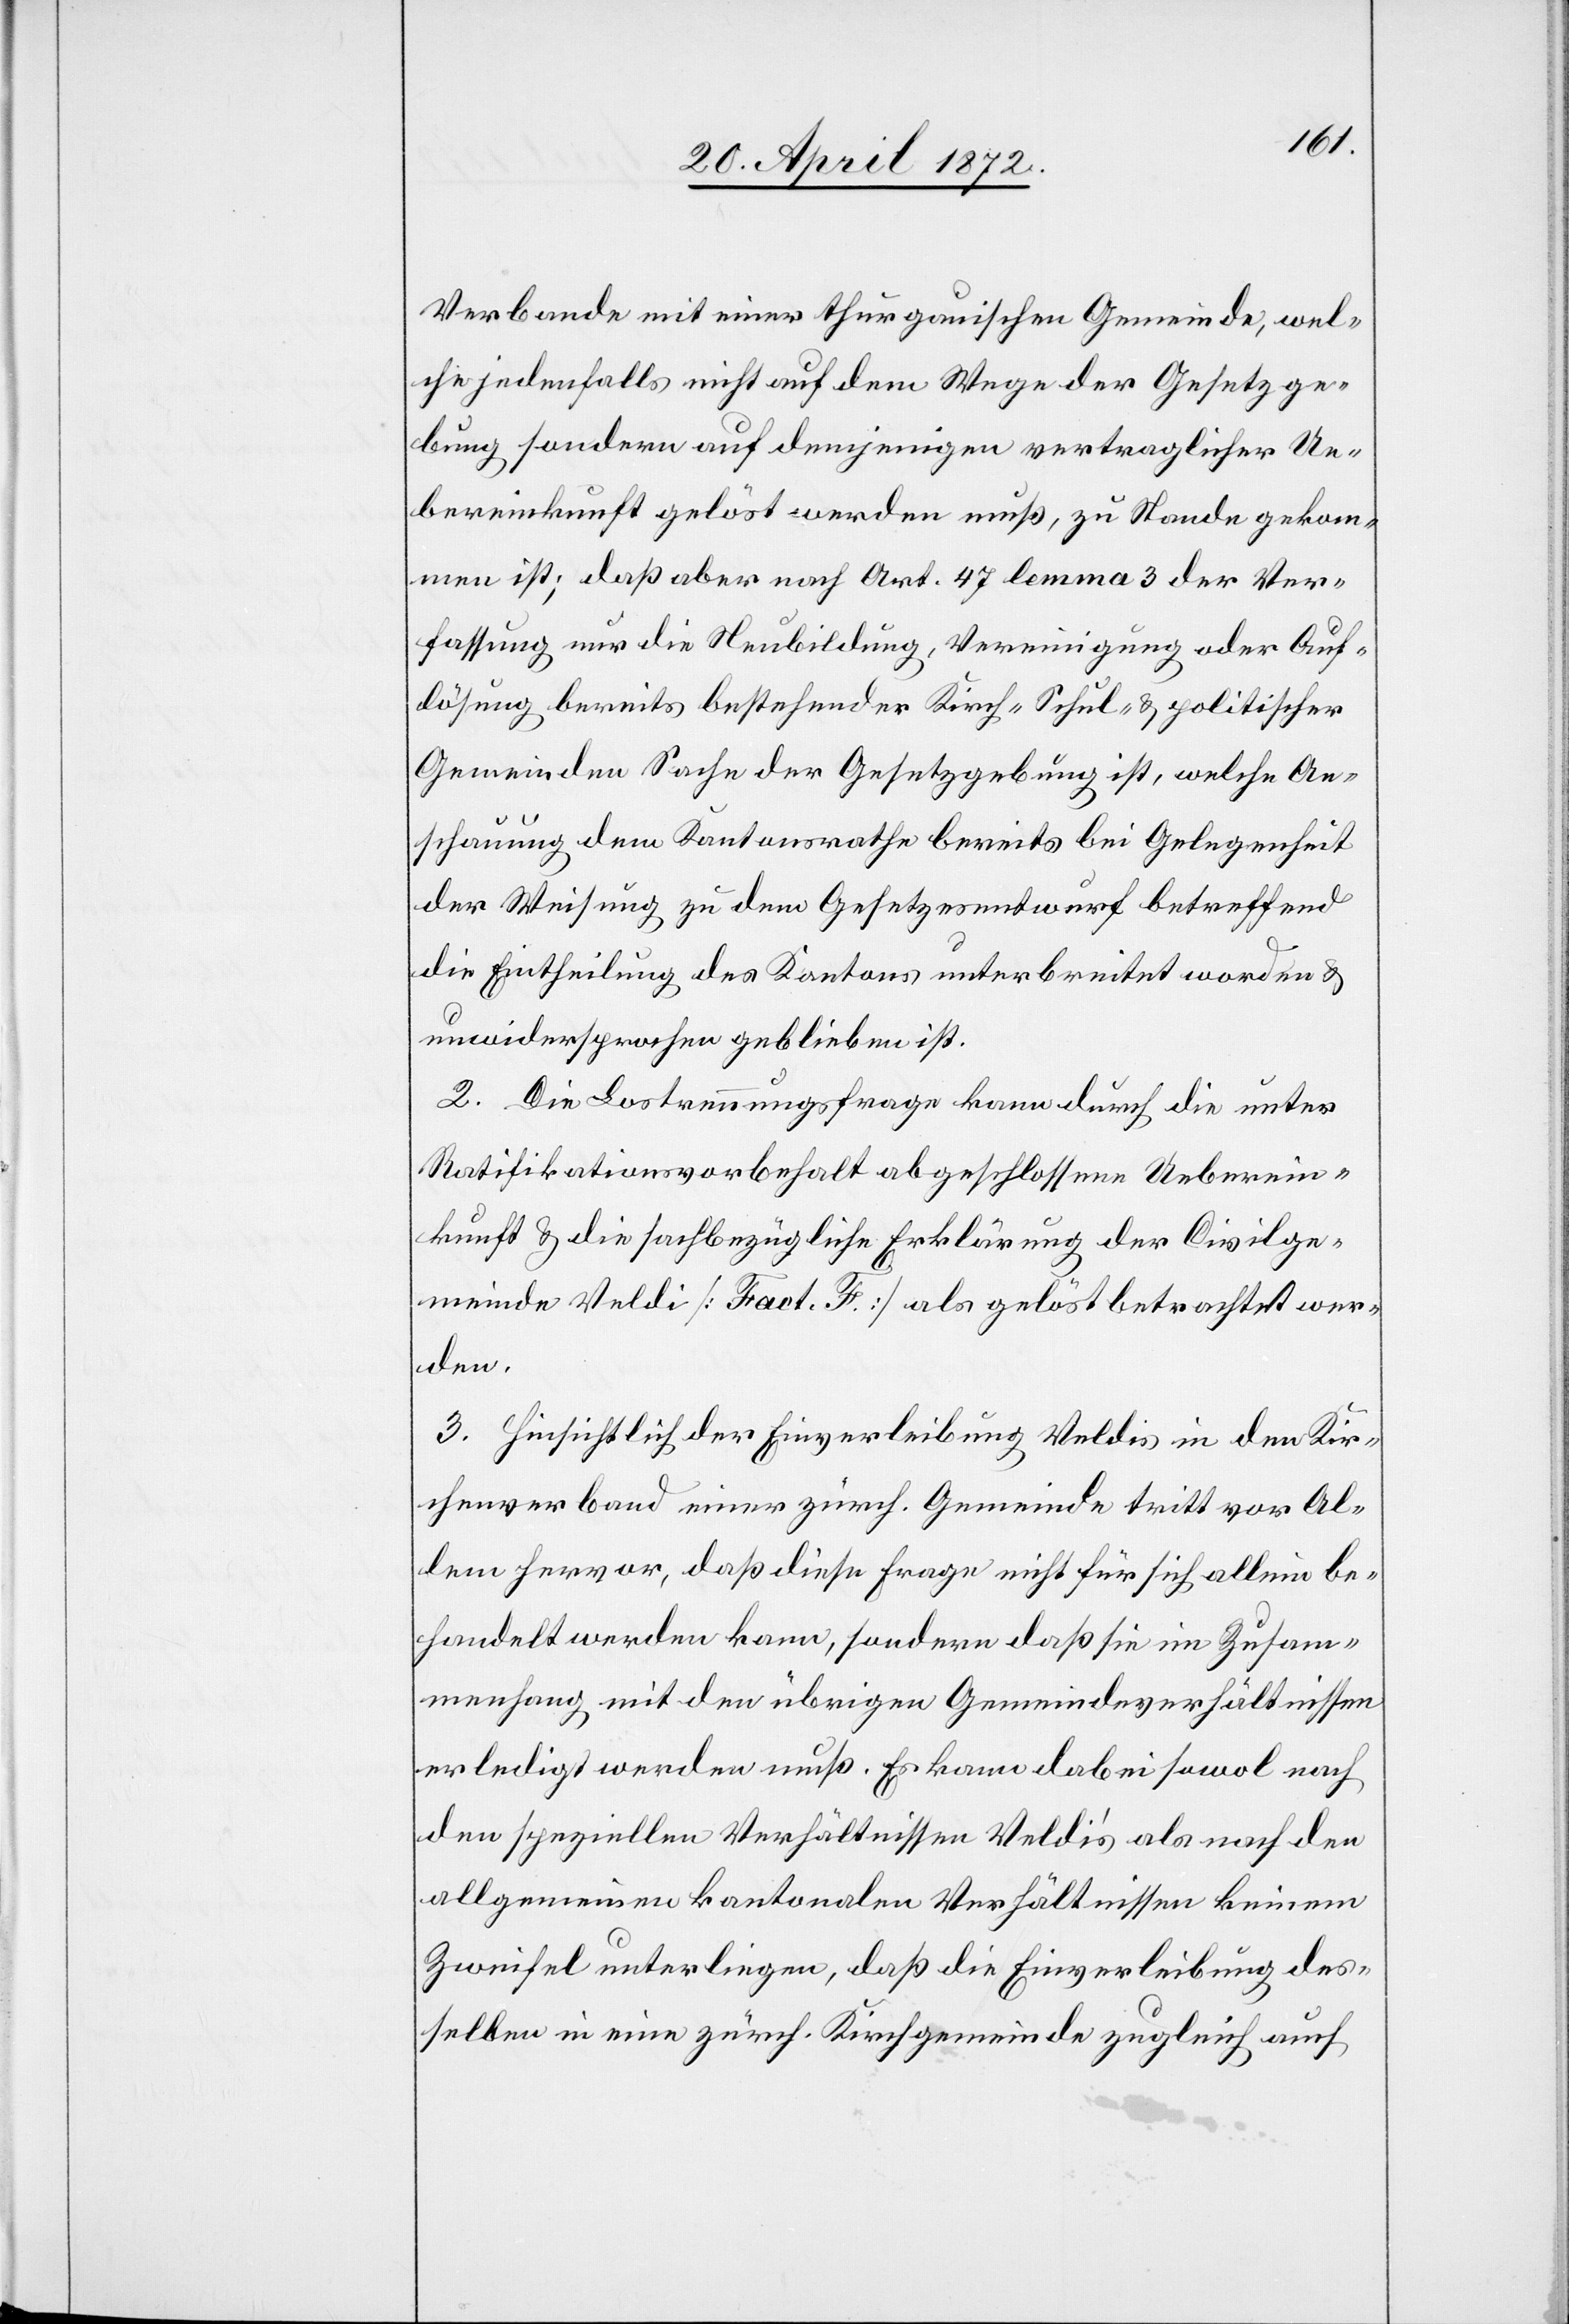
Verbande mit einer thurgauischen Gemeinde, wel¬
che jedenfalls nicht auf dem Wege der Gesetzge¬
bung sondern auf demjenigen vertraglicher Ue¬
bereinkunft gelöst werden muß, zu Stande gekom¬
men ist; daß aber nach Art. 47 lemma 3 der Ver¬
fassung nur die Neubildung, Vereinigung oder Auf¬
lösung bereits bestehender Kirch-[,] Schul- u. politischer
Gemeinden Sache der Gesetzgebung ist, welche An¬
schauung dem Kantonsrathe bereits bei Gelegenheit
der Weisung zu dem Gesetzesentwurf betreffend
die Eintheilung des Kantons unterbreitet worden u.
unwidersprochen geblieben ist.
2. Die Lostrennungsfrage kann durch die unter
Ratifikationsvorbehalt abgeschlossene Ueberein¬
kunft u. die sachbezügliche Erklärung der Civilge¬
meinde Veldi [Fact. F.] als gelöst betrachtet wer¬
den.
3. Hinsichtlich der Einverleibung Veldis in den Kir¬
chenverband einer zürch. Gemeinde tritt vor Al¬
lem hervor, daß diese Frage nicht für sich allein be¬
handelt werden kann, sondern daß sie im Zusam¬
menhang mit den übrigen Gemeindeverhältnissen
erledigt werden muß. Es kann dabei sowol nach
den speziellen Verhältnissen Veldi’s als nach den
allgemeinen kantonalen Verhältnissen keinem
Zweifel unterliegen, daß die Einverleibung des¬
selben in eine zürch. Kirchgemeinde zugleich auch